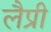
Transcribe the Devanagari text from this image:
लैप्री